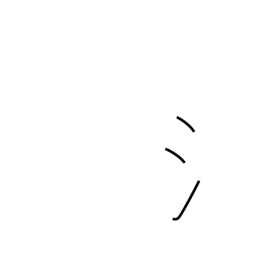
Meaning: water radical (no. 85)